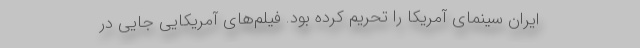
ایران سینمای آمریکا را تحریم کرده بود. فیلم‌های آمریکایی جایی در